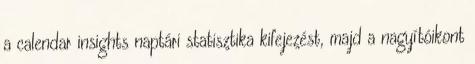
a calendar insights naptári statisztika kifejezést, majd a nagyítóikont